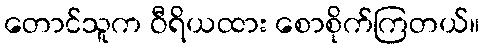
တောင်သူက ဝီရိယထား စောစိုက်ကြတယ်။